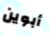
أبوين